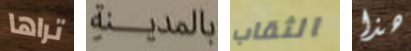
تراها بالمدينة الثقاب هذا